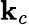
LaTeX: \mathbf{k}_{c}